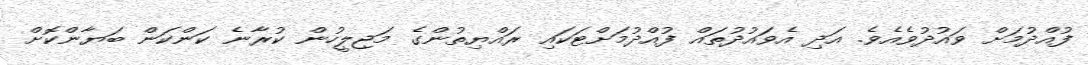
ފުއްދުމަށް ވައުދުވެއެވެ. އަދި އެވައުދުތައް ފުއްދުމަށްޓަކައި ރައްޔިތުންގެ މަޖިލީހުން ކުރާނެ ކަންކަން ބަޔާންކޮށް